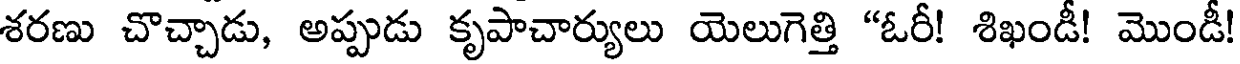
శరణు చొచ్చాడు, అప్పుడు కృపాచార్యులు యెలుగెత్తి "ఓరీ! శిఖండీ! మొండీ